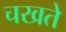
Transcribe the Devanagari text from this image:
चखते